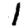
Digit: 1